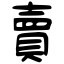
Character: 賣